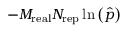
- M _ { \mathrm { r e a l } } N _ { \mathrm { r e p } } \ln \left( \widehat { p } \right)